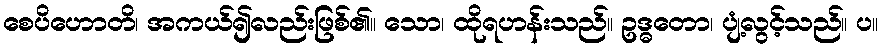
စေပိဟောတိ၊ အကယ်၍လည်းဖြစ်၏။ သော၊ ထိုရဟန်းသည်။ ဥဒ္ဓတော၊ ပျံ့လွင့်သည်။ ပ။